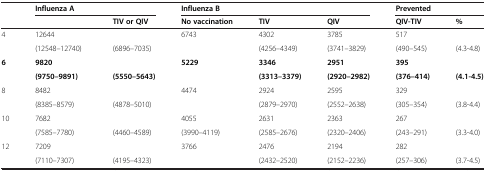
<table><thead><tr><td rowspan="2">[EMPTY_CELL]</td><td colspan="2"><b>Influenza A</b></td><td colspan="3"><b>Influenza B</b></td><td colspan="2"><b>Prevented</b></td></tr><tr><td>[EMPTY_CELL]</td><td><b>TIV or QIV</b></td><td><b>No vaccination</b></td><td><b>TIV</b></td><td><b>QIV</b></td><td><b>QIV-TIV</b></td><td><b>%</b></td></tr></thead><tbody><tr><td rowspan="2">4</td><td>12644</td><td>[EMPTY_CELL]</td><td>6743</td><td>4302</td><td>3785</td><td>517</td><td>[EMPTY_CELL]</td></tr><tr><td>(12548–12740)</td><td>(6896–7035)</td><td>[EMPTY_CELL]</td><td>(4256–4349)</td><td>(3741–3829)</td><td>(490–545)</td><td>(4.3-4.8)</td></tr><tr><td rowspan="2"><b>6</b></td><td><b>9820</b></td><td>[EMPTY_CELL]</td><td><b>5229</b></td><td><b>3346</b></td><td><b>2951</b></td><td><b>395</b></td><td>[EMPTY_CELL]</td></tr><tr><td><b>(9750–9891)</b></td><td><b>(5550–5643)</b></td><td>[EMPTY_CELL]</td><td><b>(3313–3379)</b></td><td><b>(2920–2982)</b></td><td><b>(376–414)</b></td><td><b>(4.1-4.5)</b></td></tr><tr><td rowspan="2">8</td><td>8482</td><td>[EMPTY_CELL]</td><td>4474</td><td>2924</td><td>2595</td><td>329</td><td>[EMPTY_CELL]</td></tr><tr><td>(8385–8579)</td><td>(4878–5010)</td><td>[EMPTY_CELL]</td><td>(2879–2970)</td><td>(2552–2638)</td><td>(305–354)</td><td>(3.8-4.4)</td></tr><tr><td rowspan="2">10</td><td>7682</td><td>[EMPTY_CELL]</td><td>4055</td><td>2631</td><td>2363</td><td>267</td><td>[EMPTY_CELL]</td></tr><tr><td>(7585–7780)</td><td>(4460–4589)</td><td>(3990–4119)</td><td>(2585–2676)</td><td>(2320–2406)</td><td>(243–291)</td><td>(3.3-4.0)</td></tr><tr><td rowspan="2">12</td><td>7209</td><td>[EMPTY_CELL]</td><td>3766</td><td>2476</td><td>2194</td><td>282</td><td>[EMPTY_CELL]</td></tr><tr><td>(7110–7307)</td><td>(4195–4323)</td><td>[EMPTY_CELL]</td><td>(2432–2520)</td><td>(2152–2236)</td><td>(257–306)</td><td>(3.7-4.5)</td></tr></tbody></table>